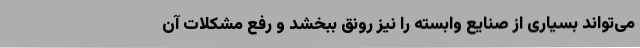
می‌تواند بسیاری از صنایع وابسته را نیز رونق ببخشد و رفع مشکلات آن